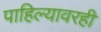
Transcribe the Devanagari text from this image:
पाहिल्यावरही